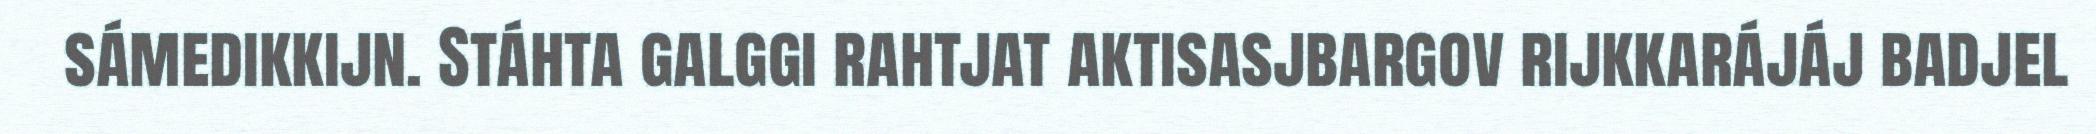
sámedikkijn. Stáhta galggi rahtjat aktisasjbargov rijkkarájáj badjel